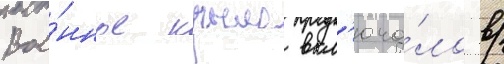
Вое́нное крыло вкл'юча́ло в